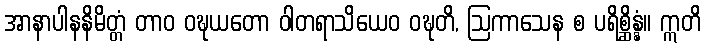
အာနာပါနနိမိတ္တံ တာဝ ဝဍ္ဎယတော ဝါတရာသိယေဝ ဝဍ္ဎတိ, ဩကာသေန စ ပရိစ္ဆိန္နံ။ ဣတိ